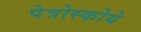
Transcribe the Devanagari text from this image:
पेत्रोस्कोये